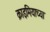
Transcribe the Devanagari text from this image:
क्राइमियाच्या